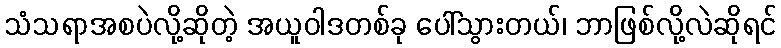
သံသရာအစပဲလို့ဆိုတဲ့ အယူဝါဒတစ်ခု ပေါ်သွားတယ်၊ ဘာဖြစ်လို့လဲဆိုရင်